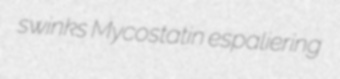
swinks Mycostatin espaliering